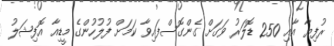
ރުފިޔާ އާއި 250 ޑޮލަރު ވަގަށް ގެންގޮސްފައިވާ ކަމަށް ފުލުހުންގެ މީޑިއާ އޮފިޝަލު